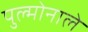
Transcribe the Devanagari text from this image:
पुल्मोनाले